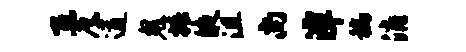
互麾遒鬼椿液沮尚潭稿消